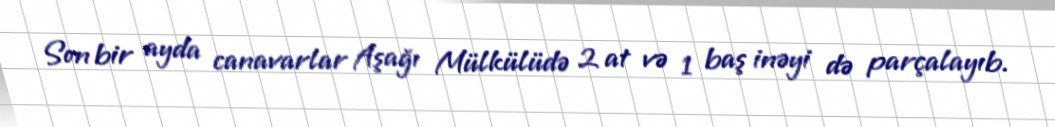
Son bir ayda canavarlar Aşağı Mülkülüdə 2 at və 1 baş inəyi də parçalayıb.